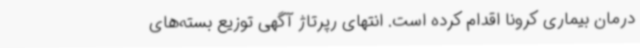
درمان بیماری کرونا اقدام کرده است. انتهای رپرتاژ آگهی توزیع بسته‌های